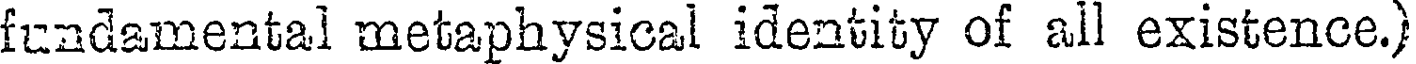
fundamental metaphysical identity of all existence.)